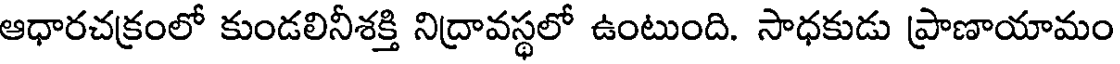
ఆధారచక్రంలో కుండలినీశక్తి నిద్రావస్థలో ఉంటుంది. సాధకుడు ప్రాణాయామం